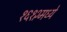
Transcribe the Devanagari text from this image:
१६१२मध्ये